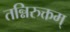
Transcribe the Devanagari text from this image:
तन्निरुक्तम्